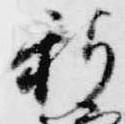
新